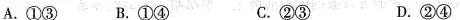
A.①③ B.①④ C.②③ D.②④